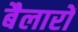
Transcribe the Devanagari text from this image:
बैलारों